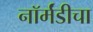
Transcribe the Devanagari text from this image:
नॉर्मंडीचा